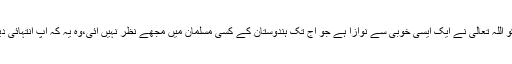
علامہ اقبال نے اُن کی قائدانہ صلاحیتوں کو ان الفاظ میں سراہا:’’ مسٹر جناح کو اللہ تعالیٰ نے ایک ایسی خوبی سے نوازا ہے جو آج تک ہندوستان کے کسی مسلمان میں مجھے نظر نہیں آئی،وہ یہ کہ آپ انتہائی دیانت دار ہیں اور آپ کو ڈرایا جا سکتا ہے اور نہ ہی آپ کو خریدا جاسکتا ہے۔